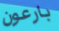
بارعون